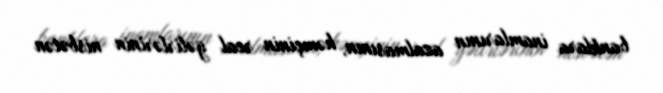
banklara inamlarının azalmasının, həmçinin real gəlirlərinin nisbətən